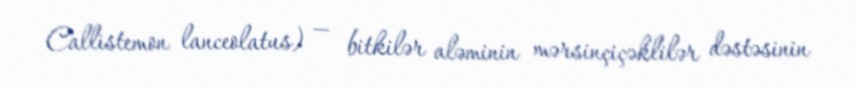
Callistemon lanceolatus) — bitkilər aləminin mərsinçiçəklilər dəstəsinin